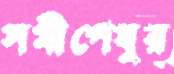
সমীপেষুর